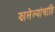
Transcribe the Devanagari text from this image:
झालेल्यांचांहि